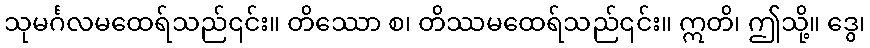
သုမင်္ဂလမထေရ်သည်၎င်း။ တိဿော စ၊ တိဿမထေရ်သည်၎င်း။ ဣတိ၊ ဤသို့။ ဒွေ၊